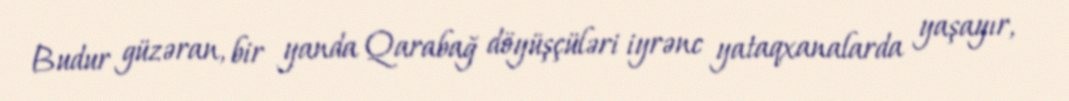
Budur güzəran, bir yanda Qarabağ döyüşçüləri iyrənc yataqxanalarda yaşayır,